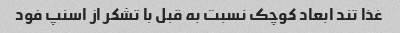
غذا تند ابعاد کوچک نسبت به قبل با تشکر از اسنپ فود